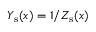
Y _ { \mathrm { s } } ( x ) = 1 / Z _ { \mathrm { s } } ( x )